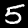
Label: 5